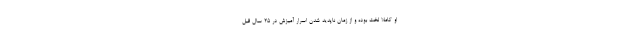
او کاملاً لخت بوده و از زمان ناپدید شدن اسرار آمیزش در ۲۵ سال قبل